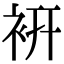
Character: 𧙧